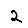
Digit: 2